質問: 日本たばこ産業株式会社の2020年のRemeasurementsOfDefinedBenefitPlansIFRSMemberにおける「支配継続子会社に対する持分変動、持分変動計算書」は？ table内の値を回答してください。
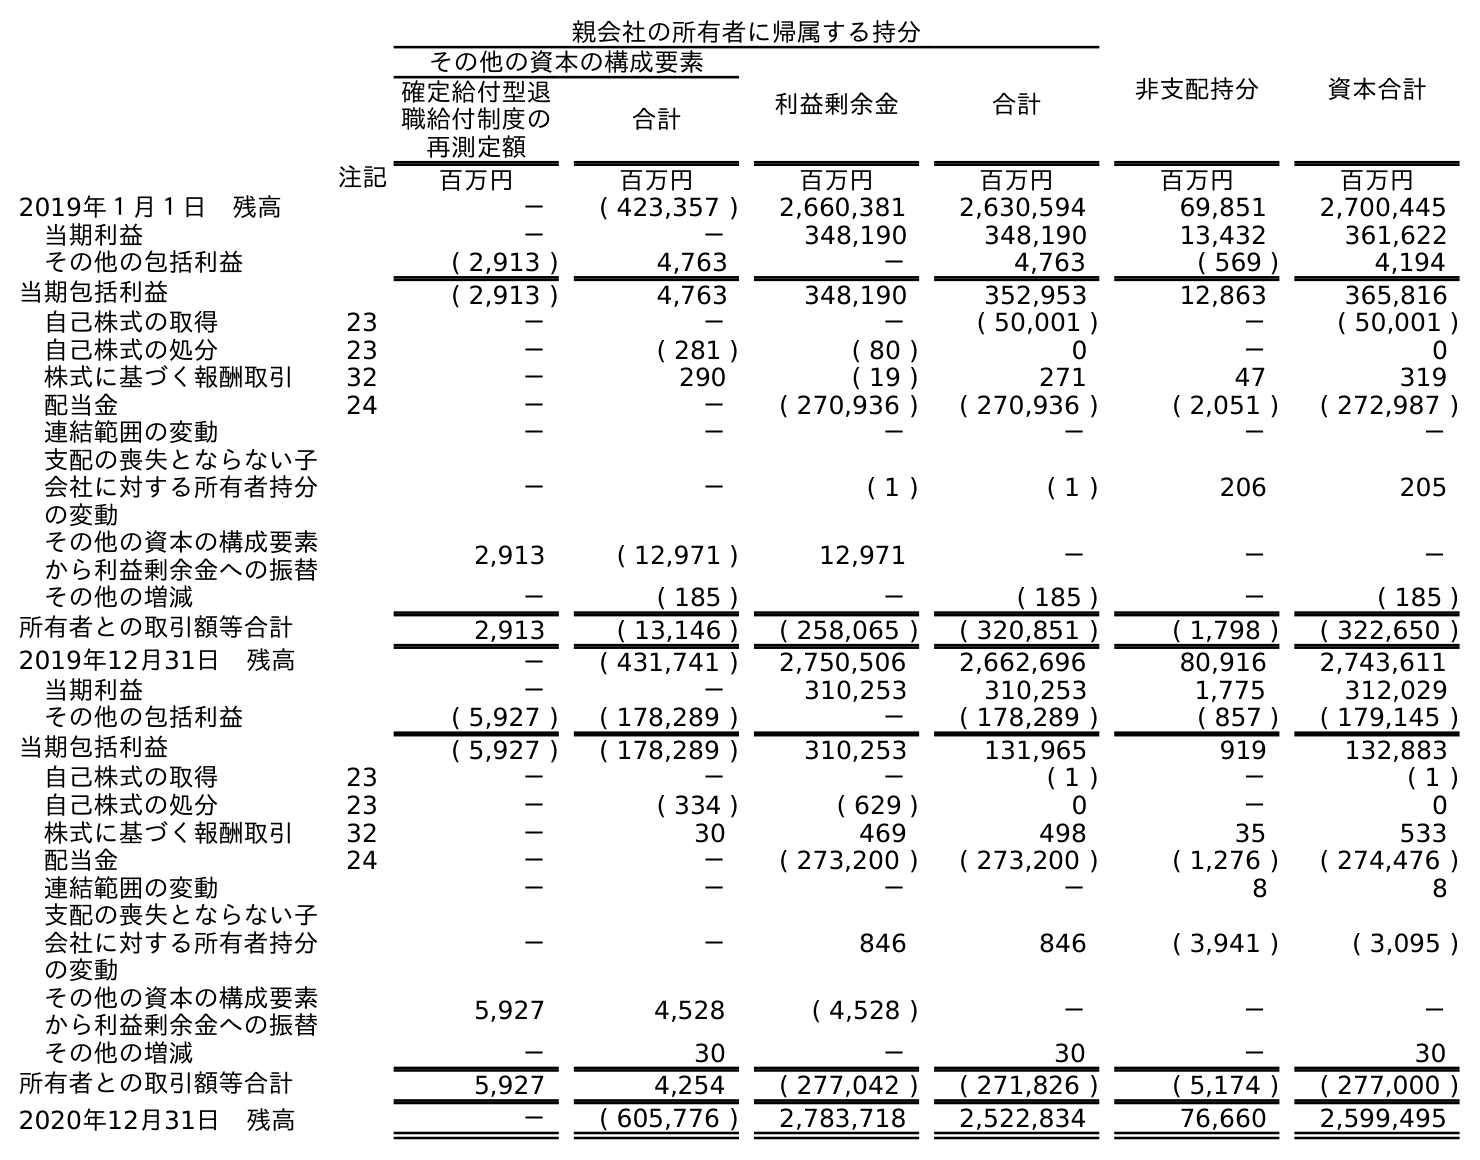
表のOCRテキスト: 親会社の所有者に帰属する持分 非支配持分 資本合計 その他の資本の構成要素 利益剰余金 合計 確定給付型退 職給付制度の 再測定額 合計 注記 百万円 百万円 百万円 百万円 百万円 百万円 2019年１月１日 残高 － ( 423,357 ) 2,660,381 2,630,594 69,851 2,700,445 当期利益 － － 348,190 348,190 13,432 361,622 その他の包括利益 ( 2,913 ) 4,763 － 4,763 ( 569 ) 4,194 当期包括利益 ( 2,913 ) 4,763 348,190 352,953 12,863 365,816 自己株式の取得 23 － － － ( 50,001 ) － ( 50,001 ) 自己株式の処分 23 － ( 281 ) ( 80 ) 0 － 0 株式に基づく報酬取引 32 － 290 ( 19 ) 271 47 319 配当金 24 － － ( 270,936 ) ( 270,936 ) ( 2,051 ) ( 272,987 ) 連結範囲の変動 － － － － － － 支配の喪失とならない子 会社に対する所有者持分 の変動 － － ( 1 ) ( 1 ) 206 205 その他の資本の構成要素 から利益剰余金への振替 2,913 ( 12,971 ) 12,971 － － － その他の増減 － ( 185 ) － ( 185 ) － ( 185 ) 所有者との取引額等合計 2,913 ( 13,146 ) ( 258,065 ) ( 320,851 ) ( 1,798 ) ( 322,650 ) 2019年12月31日 残高 － ( 431,741 ) 2,750,506 2,662,696 80,916 2,743,611 当期利益 － － 310,253 310,253 1,775 312,029 その他の包括利益 ( 5,927 ) ( 178,289 ) － ( 178,289 ) ( 857 ) ( 179,145 ) 当期包括利益 ( 5,927 ) ( 178,289 ) 310,253 131,965 919 132,883 自己株式の取得 23 － － － ( 1 ) － ( 1 ) 自己株式の処分 23 － ( 334 ) ( 629 ) 0 － 0 株式に基づく報酬取引 32 － 30 469 498 35 533 配当金 24 － － ( 273,200 ) ( 273,200 ) ( 1,276 ) ( 274,476 ) 連結範囲の変動 － － － － 8 8 支配の喪失とならない子 会社に対する所有者持分 の変動 － － 846 846 ( 3,941 ) ( 3,095 ) その他の資本の構成要素 から利益剰余金への振替 5,927 4,528 ( 4,528 ) － － － その他の増減 － 30 － 30 － 30 所有者との取引額等合計 5,927 4,254 ( 277,042 ) ( 271,826 ) ( 5,174 ) ( 277,000 ) 2020年12月31日 残高 － ( 605,776 ) 2,783,718 2,522,834 76,660 2,599,495
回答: －